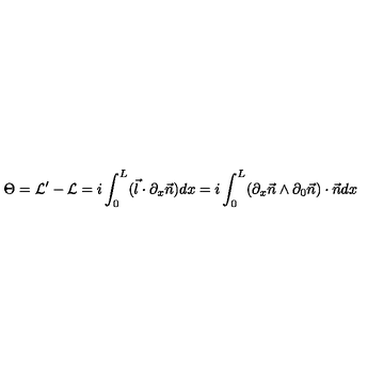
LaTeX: \Theta = { \cal L } ^ { \prime } - { \cal L } = i \int _ { 0 } ^ { L } ( \vec { l } \cdot \partial _ { x } \vec { n } ) d x = i \int _ { 0 } ^ { L } ( \partial _ { x } \vec { n } \wedge \partial _ { 0 } \vec { n } ) \cdot \vec { n } d x